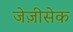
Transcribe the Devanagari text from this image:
जेज़ीसेक